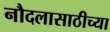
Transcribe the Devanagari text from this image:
नौदलासाठीच्या